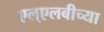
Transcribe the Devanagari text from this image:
एल्‌एलबीच्या